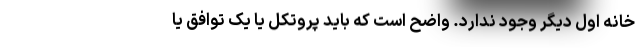
خانه اول دیگر وجود ندارد. واضح است که باید پروتکل یا یک توافق یا